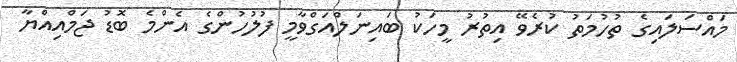
މައްސަލައިގެ ތުހުމަތު ކުރެވޭ އިތުރު މީހަކު ބައިނަލްއަގްވާމީ ފުލުހުންގެ އެންމެ ބޮޑު ޖަމްއިއްޔާ